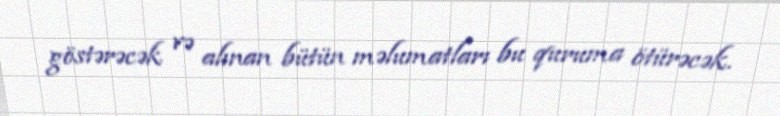
göstərəcək və alınan bütün məlumatları bu quruma ötürəcək.